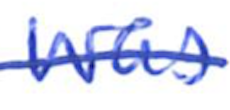
Text: was
Cross-out: single-line
Writing tool: ballpoint